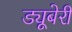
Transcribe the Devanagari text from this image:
ड्यूबेरी